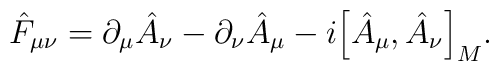
\hat{F}_{\mu \nu }=\partial_\mu\hat{A}_{\nu }-\partial_\nu\hat{A}_{\mu }-i\Big[\hat{A}_{\mu },\hat{A}_{\nu }\Big]_M.